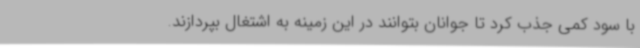
با سود کمی جذب کرد تا جوانان بتوانند در این زمینه به اشتغال بپردازند.